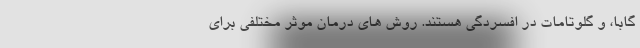
گابا، و گلوتامات در افسردگی هستند. روش های درمان موثر مختلفی برای